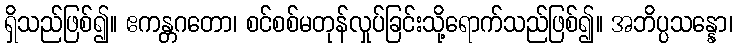
ရှိသည်ဖြစ်၍။ ဧကန္တဂတော၊ စင်စစ်မတုန်လှုပ်ခြင်းသို့ရောက်သည်ဖြစ်၍။ အဘိပ္ပသန္နော၊